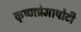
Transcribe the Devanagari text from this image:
कृष्णप्रेमापोटी